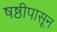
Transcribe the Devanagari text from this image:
षष्ठीपासून